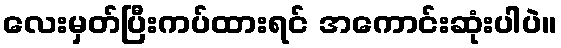
လေးမှတ်ပြီးကပ်ထားရင် အကောင်းဆုံးပါပဲ။